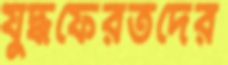
যুদ্ধফেরতদের